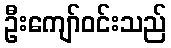
ဦးကျော်ဝင်းသည်